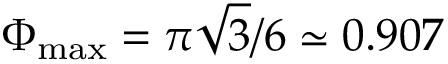
\Phi _ { \mathrm { m a x } } = \pi \sqrt { 3 } / 6 \simeq 0 . 9 0 7